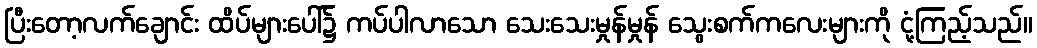
ပြီးတော့လက်ချောင်း ထိပ်များပေါ်၌ ကပ်ပါလာသော သေးသေးမှုန်မှုန် သွေးစက်ကလေးများကို ငုံ့ကြည့်သည်။